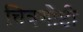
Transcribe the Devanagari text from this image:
चित्रगोष्टी